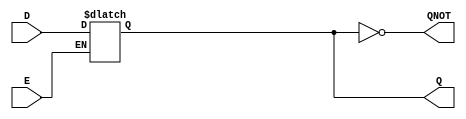
module d_latch (E,D,Q,QNOT);	//D latch module	
	
	input wire E,D;	//Inputs enable, and data
	output wire Q,QNOT;	//outputs Q and QNOT	
	reg out;	//reg to use in alway block
	
	always @ (E or D or Q) //always with E,D, and Q in sensitivity list
	  if (E)begin	//if statement depending on state of E
	  out= D;	//out is D when enabled
	  end //ends if statement	
	  else begin //else statement
	  out = Q;	//out is Q previous if not enabled
	  end	//end else statement
	  
	  assign Q= out;	//assign out to Q
	  assign QNOT= ~Q;	//assign ~Q to QNOT
	  
endmodule	//end of module